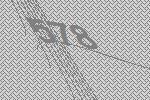
578